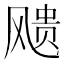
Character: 𩙬